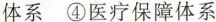
体系④医疗保障体系